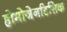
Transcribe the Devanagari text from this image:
होमोजेनटिसिक